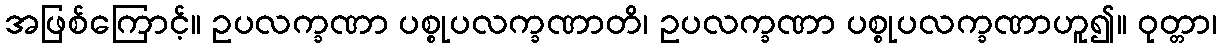
အဖြစ်ကြောင့်။ ဥပလက္ခဏာ ပစ္စုပလက္ခဏာတိ၊ ဥပလက္ခဏာ ပစ္စုပလက္ခဏာဟူ၍။ ဝုတ္တာ၊